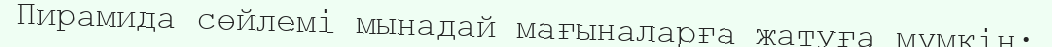
Пирамида сөйлемі мынадай мағыналарға жатуға мүмкін: